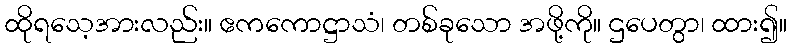
ထိုရသေ့အားလည်း။ ဧကကောဋ္ဌာသံ၊ တစ်ခုသော အဖို့ကို။ ဌပေတွာ၊ ထား၍။